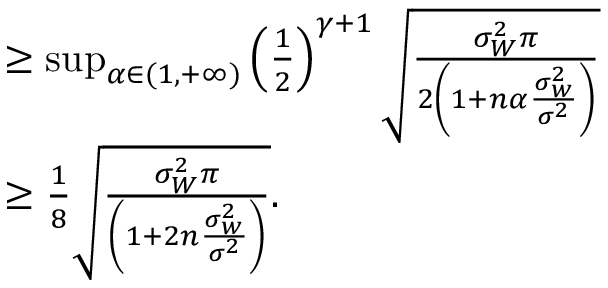
\begin{array} { r l } & { \geq \operatorname* { s u p } _ { \alpha \in ( 1 , + \infty ) } \left( \frac { 1 } { 2 } \right) ^ { \gamma + 1 } \sqrt { \frac { \sigma _ { W } ^ { 2 } \pi } { 2 \left( 1 + n \alpha \frac { \sigma _ { w } ^ { 2 } } { \sigma ^ { 2 } } \right) } } } \\ & { \geq \frac { 1 } { 8 } \sqrt { \frac { \sigma _ { W } ^ { 2 } \pi } { \left( 1 + 2 n \frac { \sigma _ { w } ^ { 2 } } { \sigma ^ { 2 } } \right) } } . } \end{array}